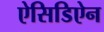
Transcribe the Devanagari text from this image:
ऐसिडिऐन